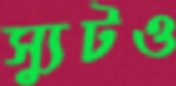
স্যুটও